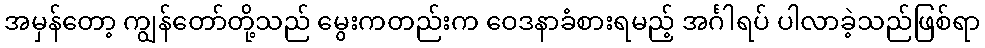
အမှန်တော့ ကျွန်တော်တို့သည် မွေးကတည်းက ဝေဒနာခံစားရမည့် အင်္ဂါရပ် ပါလာခဲ့သည်ဖြစ်ရာ